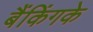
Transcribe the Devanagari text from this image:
बैंकिंगके